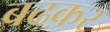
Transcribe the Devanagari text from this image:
बढक़र